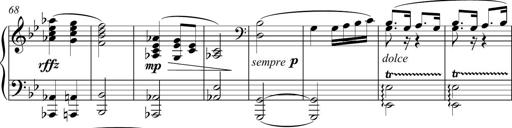
Title: Funeral March and Sonatina
Composer: Thomas Hellemans
Key: C-sharp minor